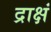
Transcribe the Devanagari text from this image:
द्राक्षं